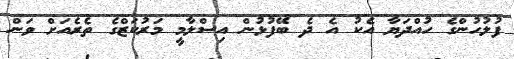
ފުލުހުންގެ ހުއްދަޔާ އެކު އެ ދެ ބޭފުޅުން އިސްލާމީ މަރުކަޒްގެ ތެރެއަށް ވަން